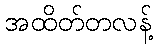
အထိတ်တလန့်